Pusta,_Kaarel_Robert, lk 3
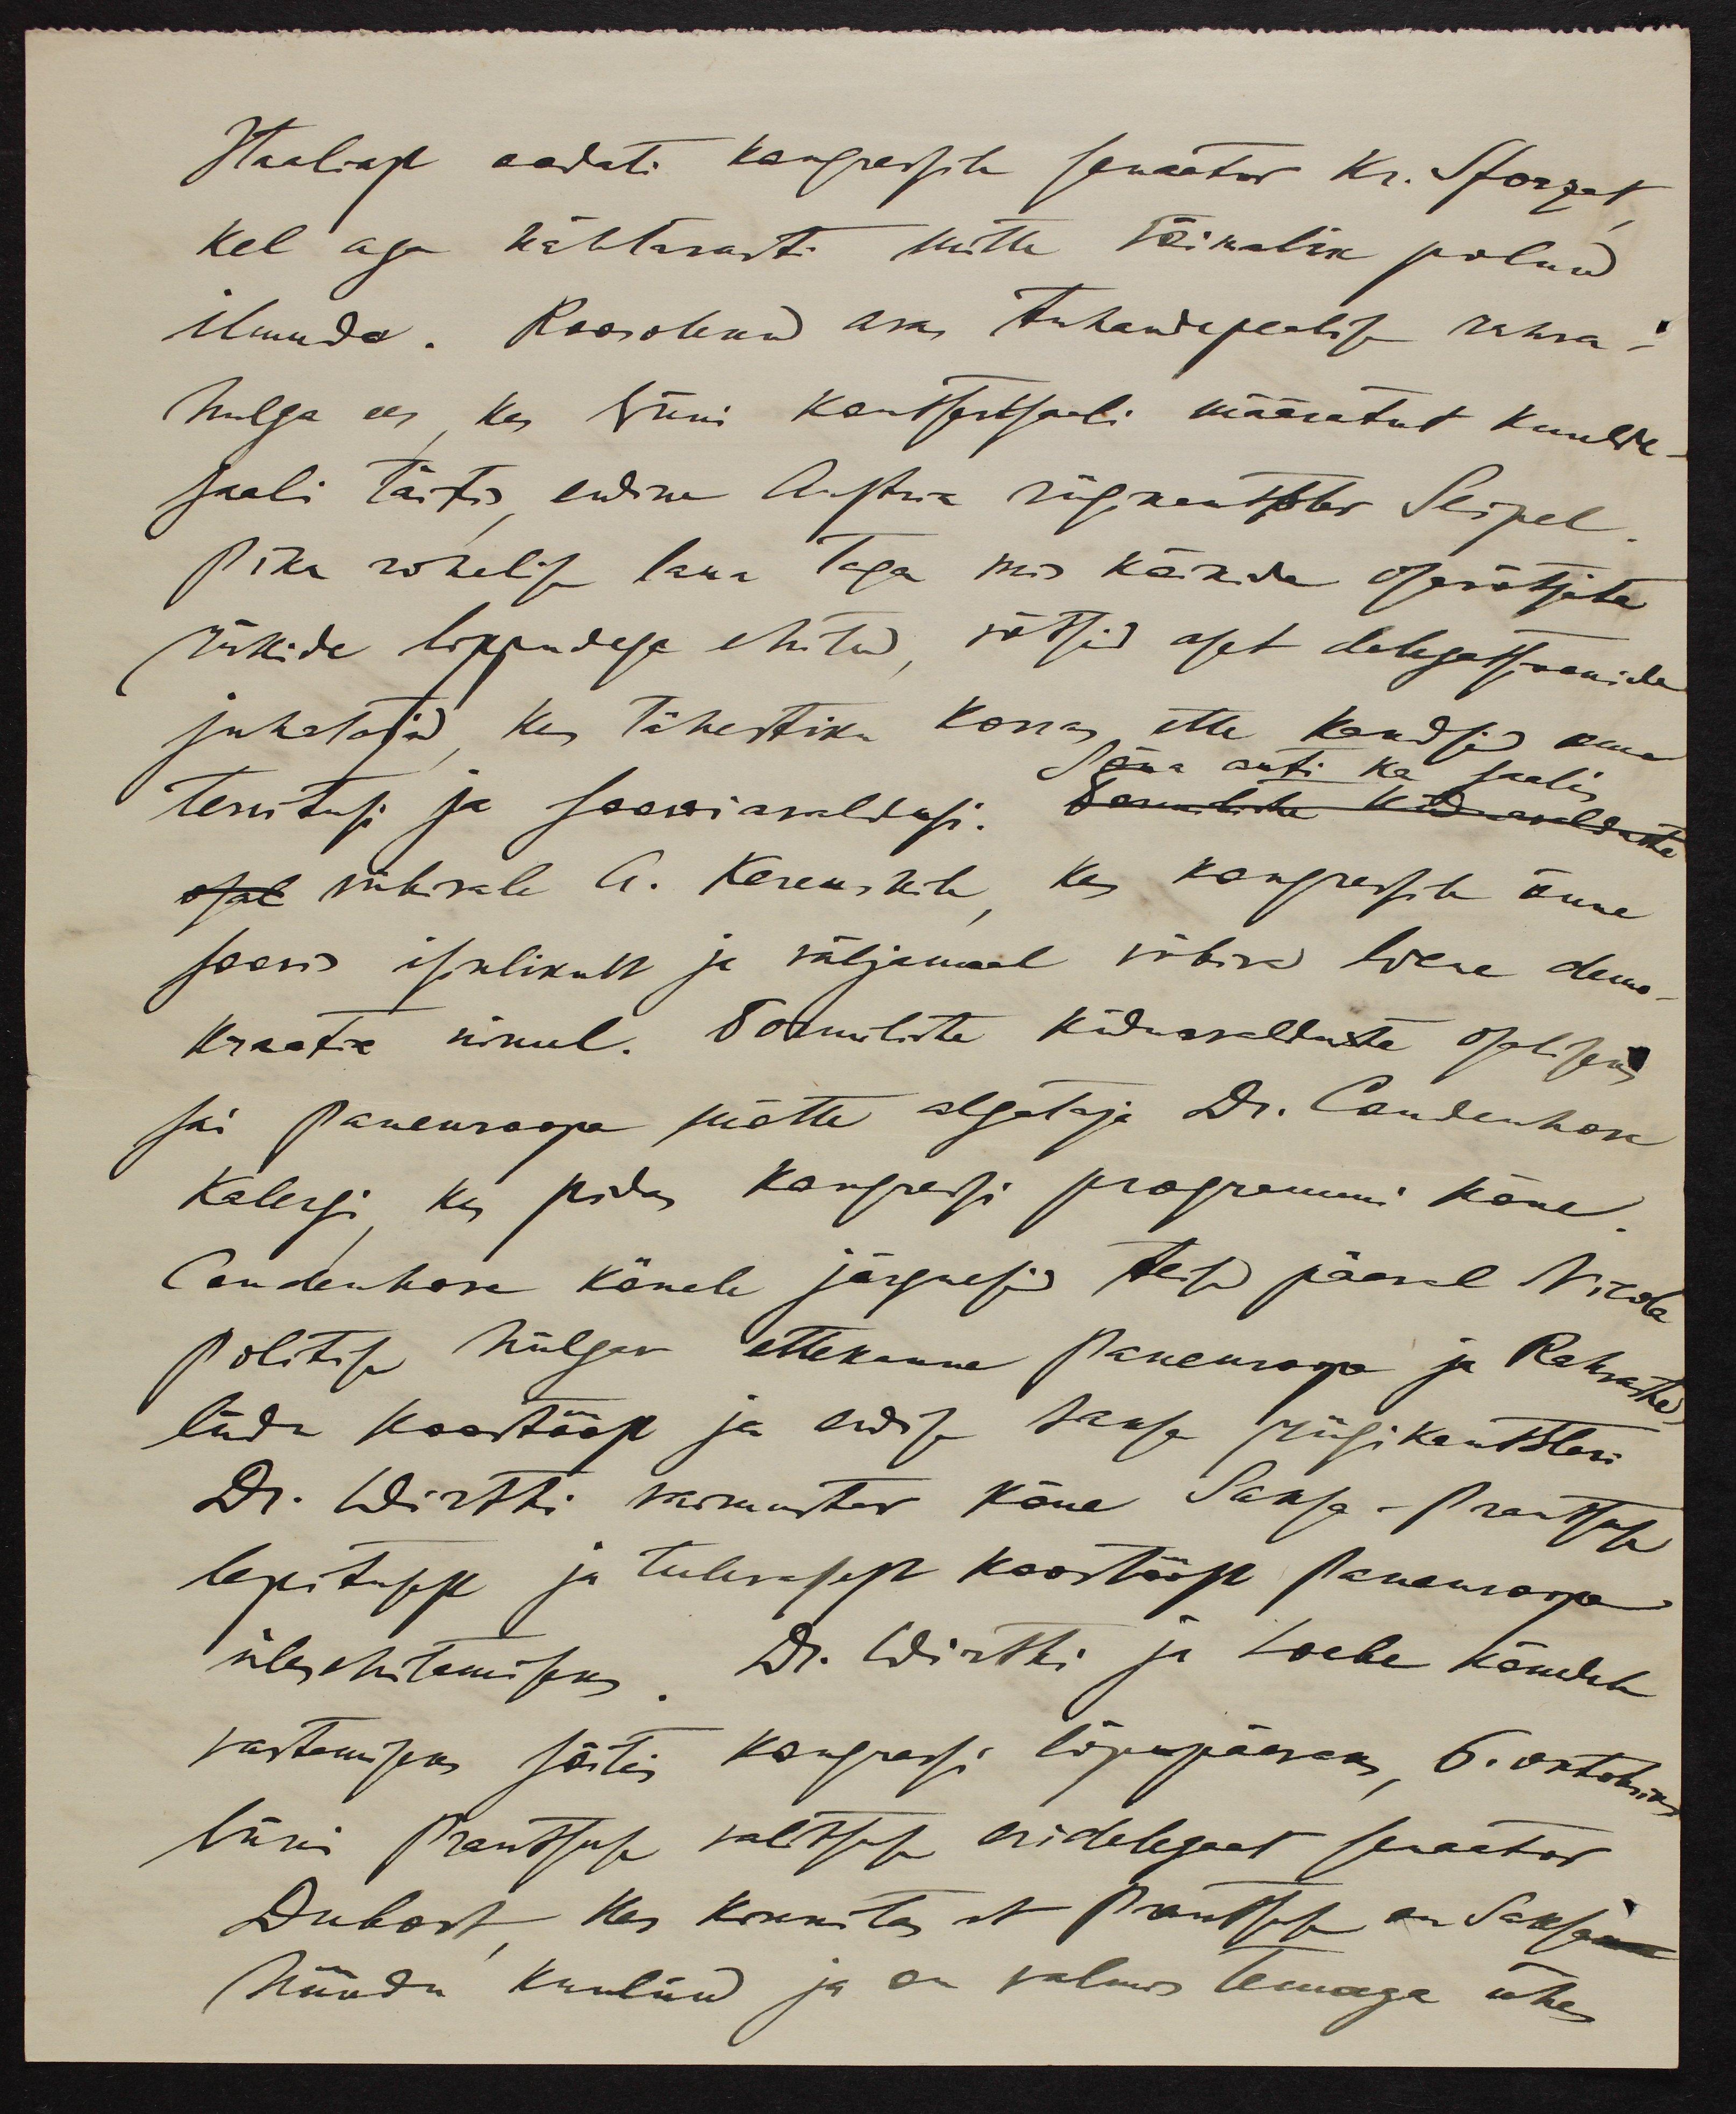
Itaaliast  sadeti kongressile senaator  Kr. Sforzat
Kel aga nähtavasti mitte võimalik polnud
ilmuda. Koosolekul asus tuhandepealise rahva-
hulga ees kes Viini kontsertsaali määratut huulk
saali täitis endine Austria riigikantsler Seipel.
Pika rohelise laua taga mis kõikide osavõtjate
riikide lippudega ehitud, võtsid aset delegatsioonide
juhatajad ka tähestiku korras, ette kandsid oma
tervitusi ja soowiavaldusi.
Sõna anti ka saalis
viibivale A. Kerenskile, kes kongressile õnne
soovis isiklikult ja väljamaal viibiva Wene demo-
kraatia nimel. Tormiliste kiiduavalduste osaliseks
sai paneuroopa mõtte algataja Dr. Coudenhove
Kalergi, kes pidas kangressi programmi kõne.
Coudenhove kõnele järgnesid teisel päeval Nicola
Politise hiilgav ettekanne Paneuroopa ja Rahvaste
liidu koostööst ja endise saksa riigikantsleri
Dr. Wirthi vaimustav kõne Saksa-Prantsuse
lepitusest ja tulevasest koostööst Paneuroopa
ülesehitamiseks Dr. Wirtsi ja Loebe kõnedele
vastamiseks sõitis kongressi lõpupäevaks, 6. oktoobriks
Viini Prantsuse valitsuse eridelegaat senaator
Dubost kes kinnitas et Prantsus on Saksa
hüüdu kuulnud ja on valmis temaga ühes